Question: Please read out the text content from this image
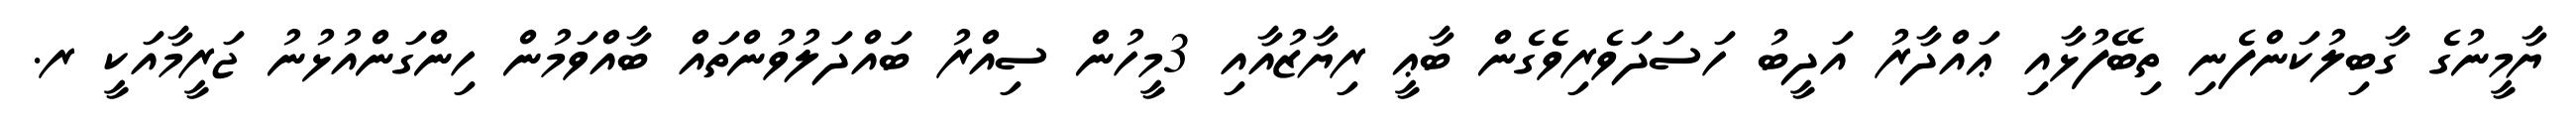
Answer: ޔާމީނުގެ ގާބިލުކަންފެނި ތިބޭފުޅާއި ޢައްދާރު އަދީބު ހަސަދަވެރިވެގެން ބާޢީ ރިޔާޒުއާއި 3މީހުން ސިއްރު ބައްދަލުވުންތައް ބާއްވަމުން ހިންގަންއުޅުނު ޖަރީމާއަކީ ރ.